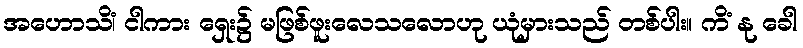
အဟောသိံ၊ ငါကား ရှေး၌ မဖြစ်ဖူးလေသလောဟု ယုံမှားသည် တစ်ပါး။ ကိံ နု ခေါ